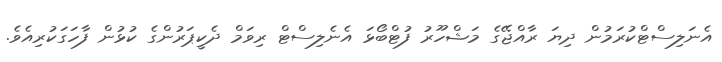
އެނަލިސްޓްކުރަމުން ދިޔަ ރާއްޖޭގެ މަޝްހޫރު ފުޓްބޯޅަ އެނެލިސްޓް ރިވަމް ދެކީޕަރުންގެ ކުޅުން ފާހަގަކުރިއެވެ.